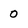
Character: 0